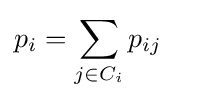
p_{i}=\sum _{j\in C_{i}}p_{ij}\quad